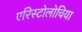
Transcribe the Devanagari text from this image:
एरिस्टोलोचिया